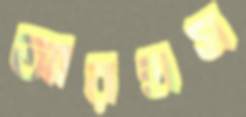
আরহাস